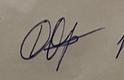
Signature authenticity: forged